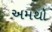
અમથો